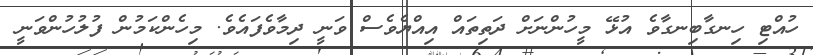
ހުއްޓި ހިނގާބިނގާވެ އުޅޭ މީހުންނަށް ދަތިތައް އިއްޔެވެސް ވަނީ ދިމާވެފައެވެ. މިހެންކަމުން ފުލުހުންވަނީ